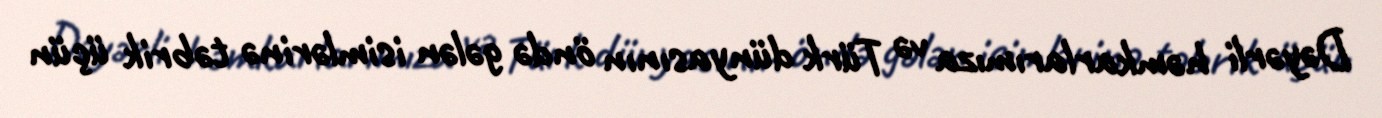
Dəyərli həmkarlarımıza və Türk dünyasının öndə gələn isimlərinə təbrik üçün